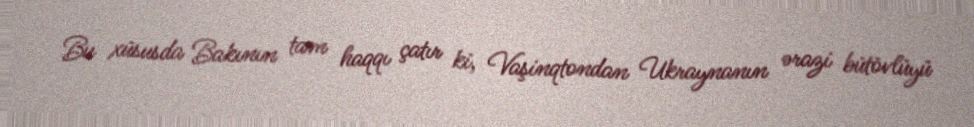
Bu xüsusda Bakının tam haqqı çatır ki, Vaşinqtondan Ukraynanın ərazi bütövlüyü